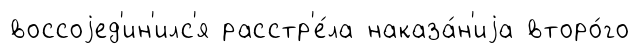
воссоjед'ин'илс'я расстр'е́ла наказа́н'иjа второ́го